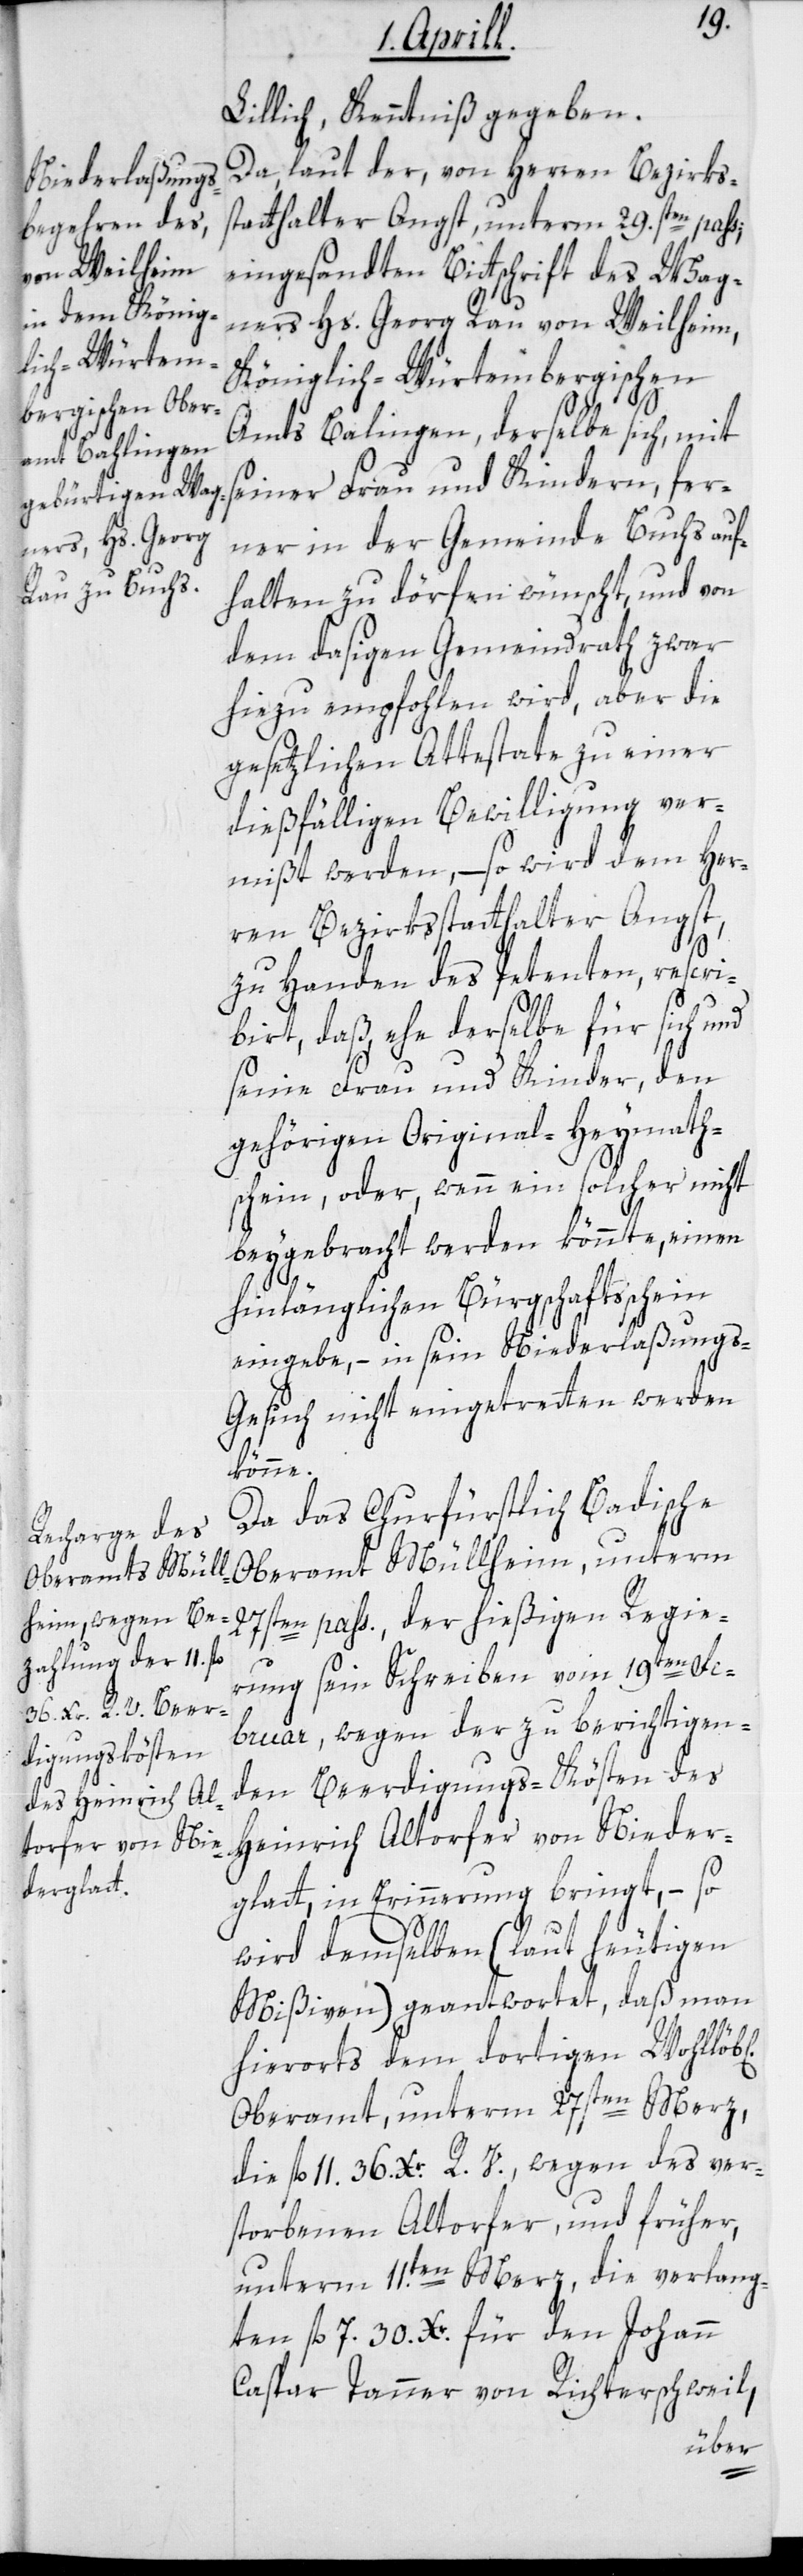
Lillich, Kenntniß gegeben.
Da laut der, von Herren Bezirks¬
statthalter Angst, unterm 29sten. pass;
eingesandten Bittschrift des Wag¬
ners Hs. Georg Rau von Weilheim,
Königlich-Würtembergischen
Amts Bahlingen, derselbe sich, mit
seiner Frau und Kindern, fer¬
ner in der Gemeinde Buchs auf¬
halten zu dörfen wünscht, und von
dem dasigen Gemeindrath zwar
hiezu empfohlen wird, aber die
gesetzlichen Attestate zu einer
dießfälligen Bewilligung ver¬
mißt werden, – so wird dem Her¬
ren Bezirksstatthalter Angst
zu Handen des Petenten, rescri¬
birt, daß ehe derselbe für sich und
seine Frau und Kinder, den
gehörigen Original-Heymath¬
schein, oder, wenn ein solcher nicht
beygebracht werden könnte, einen
hinlänglichen Bürgschaftsschein
eingebe, – in sein Niederlaßung¬
s-Gesuch nicht eingetretten werden
ichen]
Da das Churfürstlich Badische
Oberamt Müllheim, unterm
27sten pass. der hießigen Regie¬
rung sein Schreiben vom 19ten Fe¬
bruar, wegen der zu berichtigen¬
den Beerdigungs-Kösten des
Heinrich Altorfer von Nieder¬
glatt, in Erinnerung bringt, – so
wird demselben (laut heutigen
Mißiven) geantwortet, daß man
hierorts dem dortigen Wohllöb[l¬
Oberamt, unterm 27sten Merz
die fl. 11. 36. Xr. R. V., wegen des ver¬
storbenen Altorfer, und früher,
unterm 11ten. Merz, die verlang¬
ten fl. 7. 30. Xr. für den Johann
Caspar Tanner von Richterschweil,